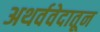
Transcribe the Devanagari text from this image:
अथर्ववेदातून